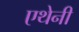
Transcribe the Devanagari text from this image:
एथेनी